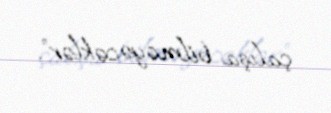
çalışa bilməyəcəklər”.